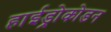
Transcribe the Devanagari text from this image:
हाईड्रोकोडन